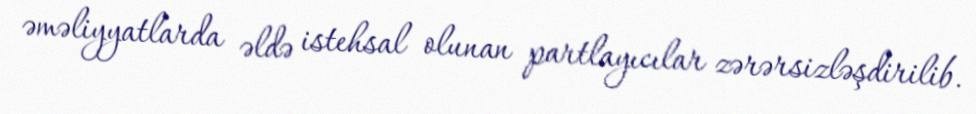
əməliyyatlarda əldə istehsal olunan partlayıcılar zərərsizləşdirilib.